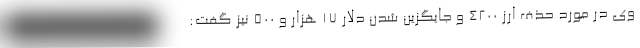
وی در مورد حذف ارز ۴۲۰۰ و جایگزین شدن دلار ۱۷ هزار و ۵۰۰ نیز گفت: